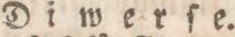
Diwerſe.